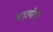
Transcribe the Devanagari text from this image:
बढ़ायेगी